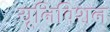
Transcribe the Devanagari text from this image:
यूनिविशन